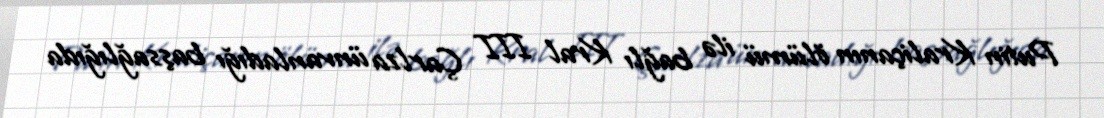
Putin Kraliçanın ölümü ilə bağlı Kral III Çarlza ünvanladığı başsağlığıda